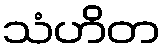
သံဟိတ